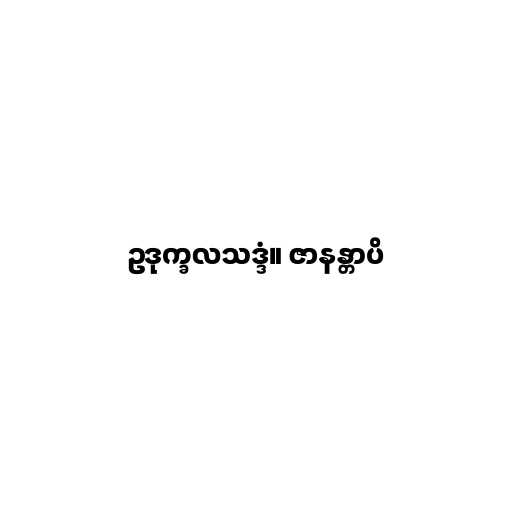
ဥဒုက္ခလသဒ္ဒံ။ ဇာနန္တာပိ